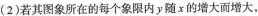
(2)若其图象所在的每个象限内y随x的增大面增大，